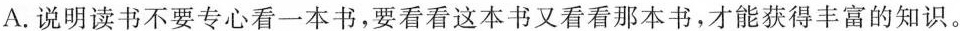
A.说明读书不要专心看一本书，要看看这本书又看看那本书，才能获得丰富的知识。